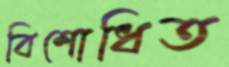
বিশোধিত